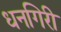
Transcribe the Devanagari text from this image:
धनगिरी